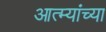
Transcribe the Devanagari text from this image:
आत्म्यांच्या